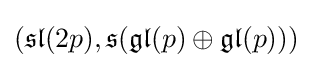
({\mathfrak {sl}}(2p),{\mathfrak {s}}({\mathfrak {gl}}(p)\oplus {\mathfrak {gl}}(p)))